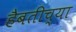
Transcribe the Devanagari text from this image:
हैबतीच्या